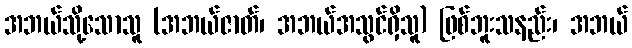
အဘယ်သို့သောသူ (အဘယ်ဇာတ်၊ အဘယ်အသွင်ရှိသူ) ဖြစ်ဘူးသနည်း၊ အဘယ်